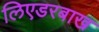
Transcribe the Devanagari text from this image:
लिएडरबाख